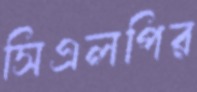
সিএলপির